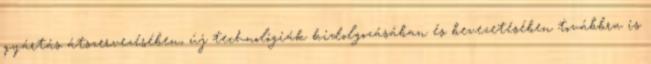
gyártás átszervezésében, új technológiák kidolgozásában és bevezetésében továbbra is